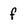
Character: f